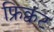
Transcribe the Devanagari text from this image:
फ्रिक्वंट